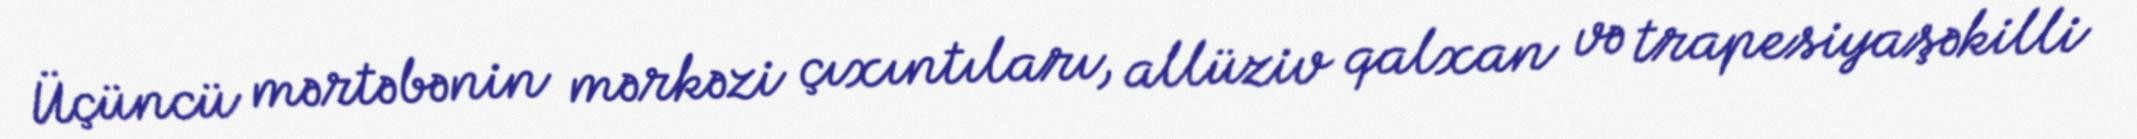
Üçüncü mərtəbənin mərkəzi çıxıntıları, allüziv qalxan və trapesiyaşəkilli